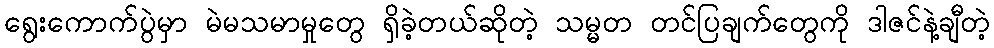
ရွေးကောက်ပွဲမှာ မဲမသမာမှုတွေ ရှိခဲ့တယ်ဆိုတဲ့ သမ္မတ တင်ပြချက်တွေကို ဒါဇင်နဲ့ချီတဲ့